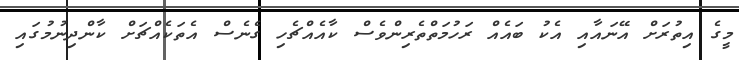
މީގެ އިތުރަށް އޭނައާއި އެކު ބައެއް ރަހުމަތްތެރިންވެސް ކާއެއްޗެހި ގެނެސް އެތަކެއްޗަށް ކާންދިނުމުގައި